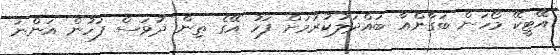
އޭޓީކޭ މޯހަން ބަގާންއާ ބައްދަލުކުރުމަށް ފަހު އޭގެ ތިން ދުވަސް ފަހުން އަންނަ